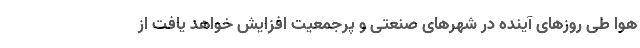
هوا طی روزهای آینده در شهرهای صنعتی و پرجمعیت افزایش خواهد یافت از